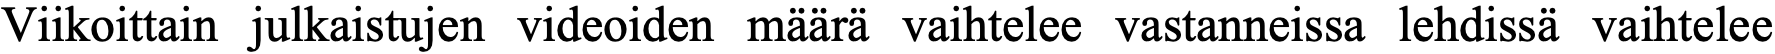
Viikoittain julkaistujen videoiden määrä vaihtelee vastanneissa lehdissä vaihtelee